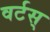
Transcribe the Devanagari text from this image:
वर्टस्